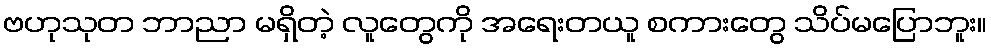
ဗဟုသုတ ဘာညာ မရှိတဲ့ လူတွေကို အရေးတယူ စကားတွေ သိပ်မပြောဘူး။